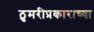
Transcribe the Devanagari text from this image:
ठुमरीप्रकाराच्या